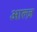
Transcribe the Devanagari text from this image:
आल्ज़